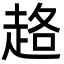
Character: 䞦